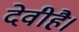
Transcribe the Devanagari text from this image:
देवीहै।